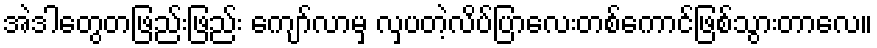
အဲဒါတွေတဖြည်းဖြည်း ကျော်လာမှ လှပတဲ့လိပ်ပြာလေးတစ်ကောင်ဖြစ်သွားတာလေ။